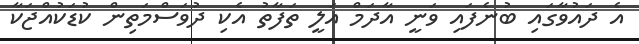
އެ ދައުވާގައި ބުނެފައި ވަނީ އާދަމް އަލީ ތަފާތު އެކި ދުވަސްމަތިން ކުޑަކުއްޖަކާ